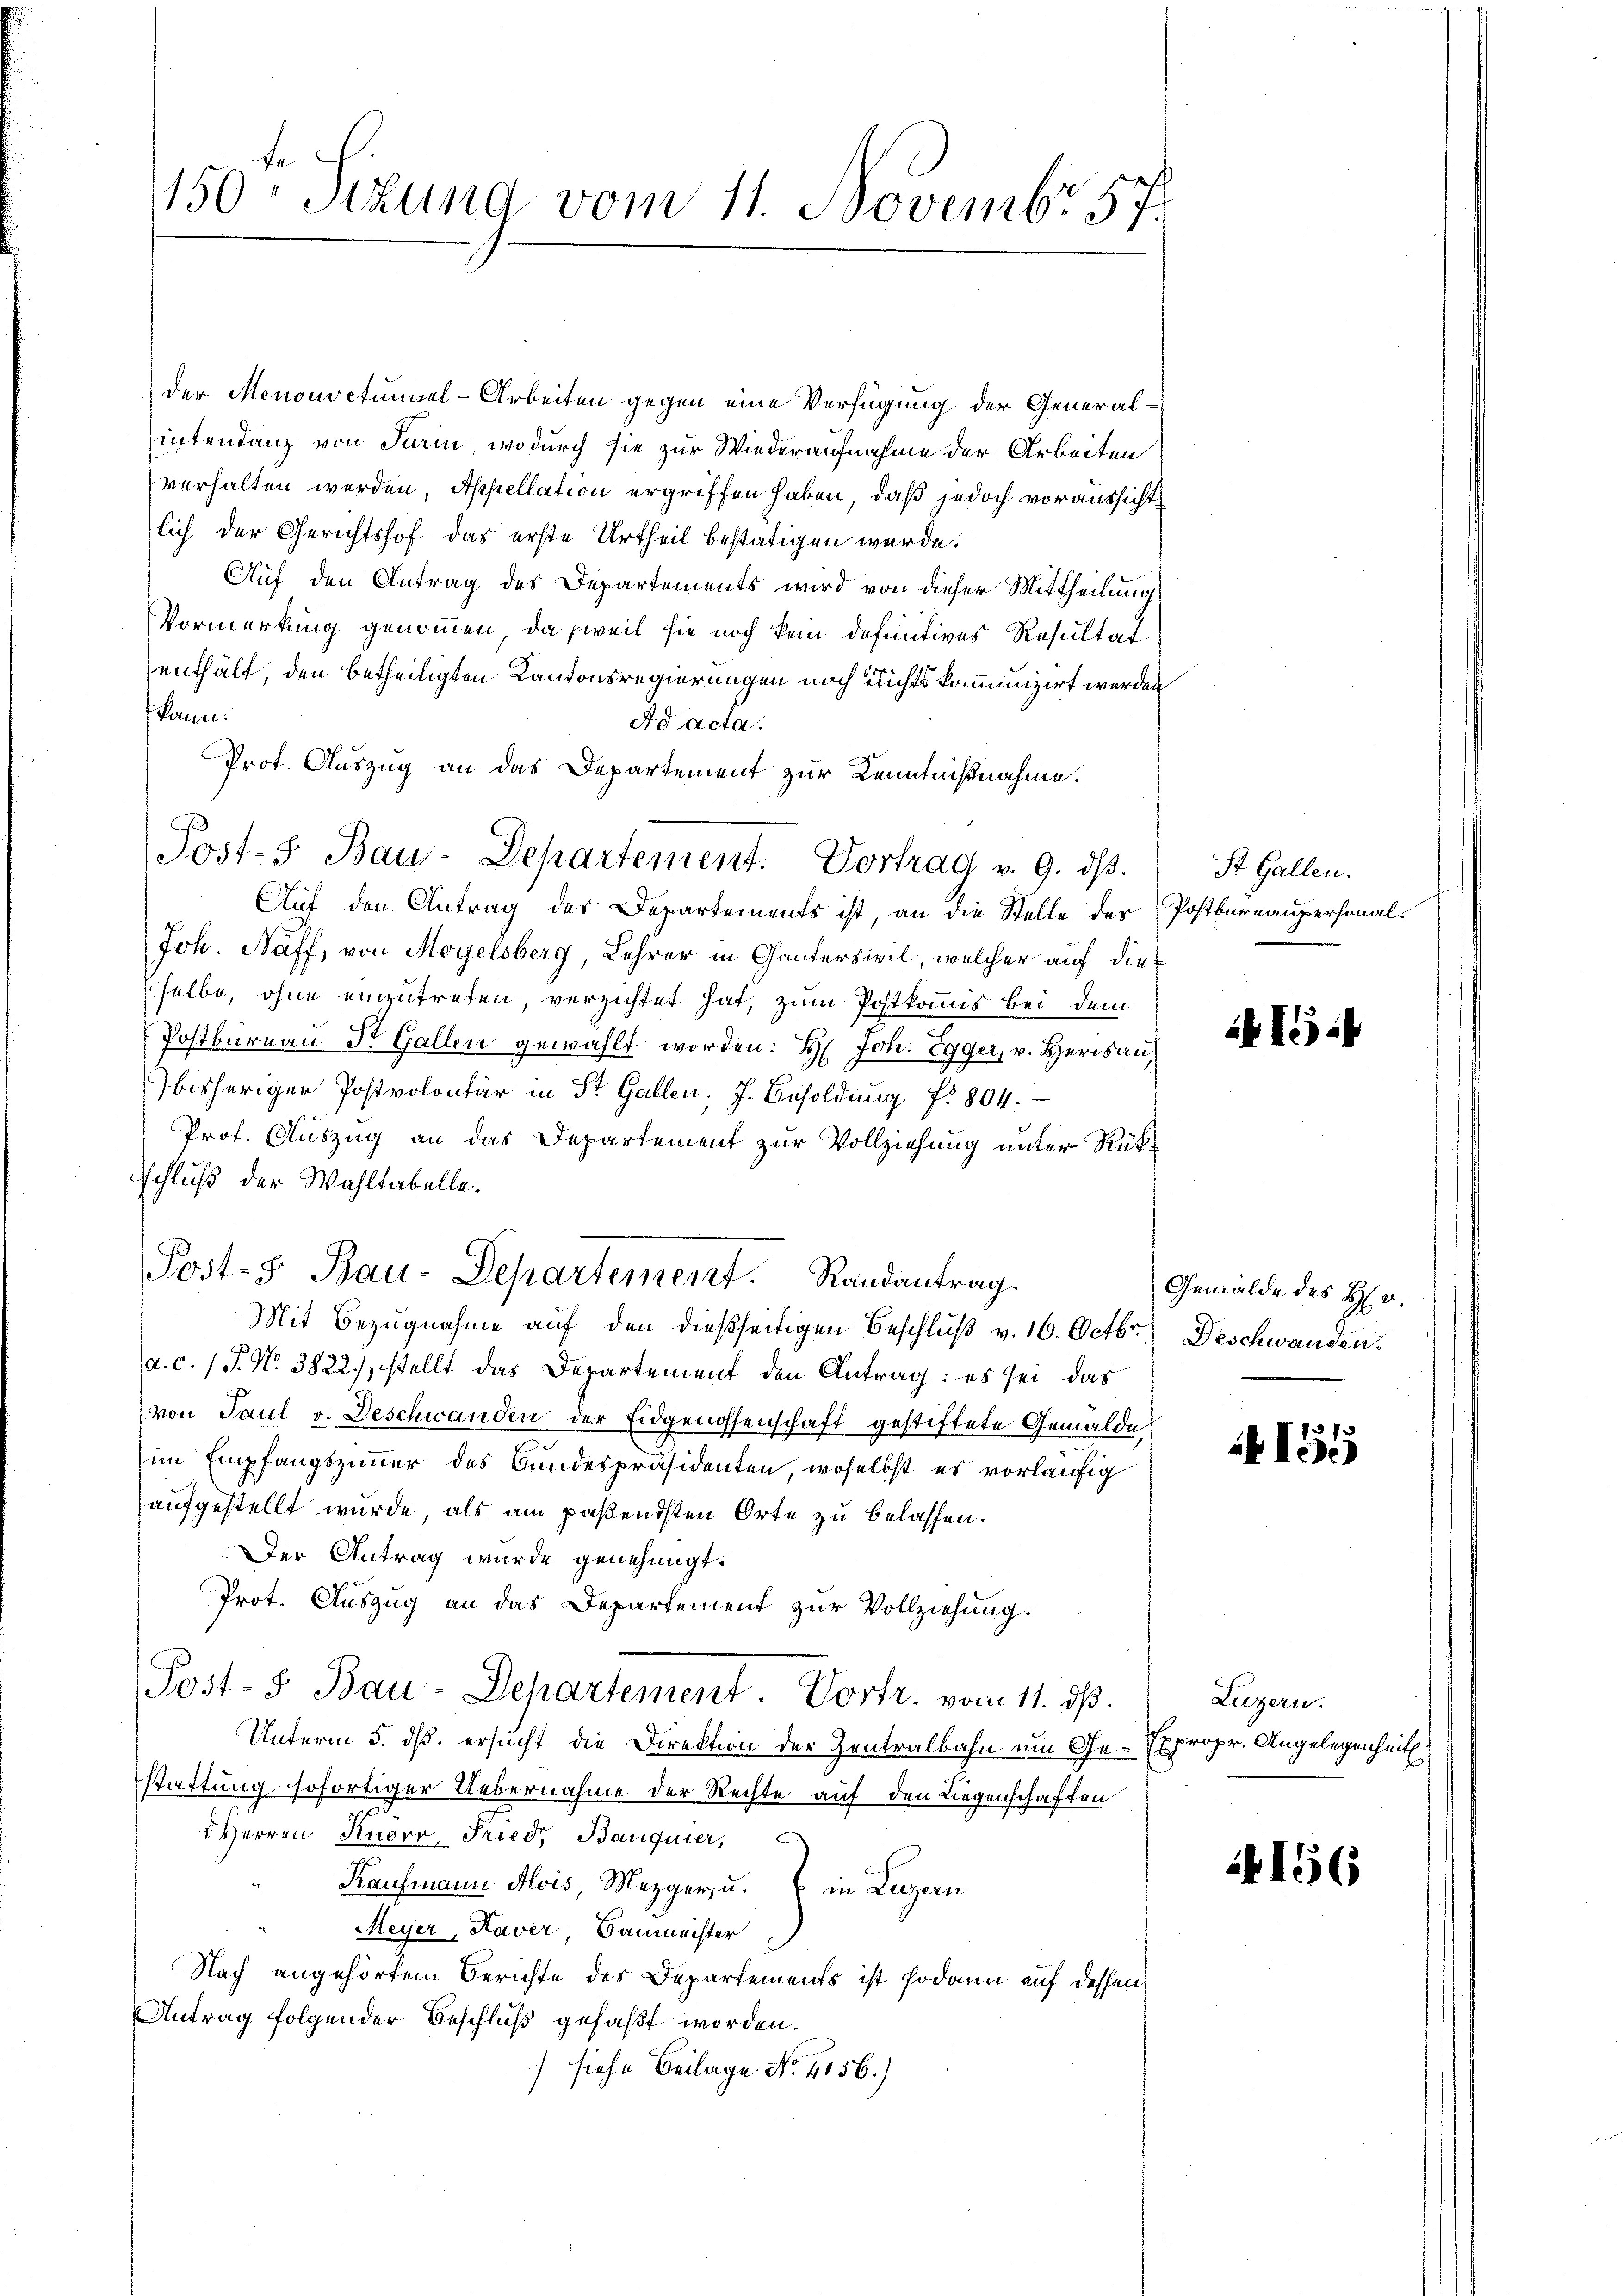
1150 Sizung vom 11. Novembr 57.

der Menouvetümmel-Arbeiten gegen eine Verfügung der Generalintendanz von Parin, wodurch sie zur Wiederaufnahme der Arbeiten
verhalten werden, Appellation ergriffen haben, daß jedoch voraussichtlich der Gerichtshof das erste Urtheil bestätigen werde.
Auf den Antrag des Departements wird von dieser Mittheilung
Vormerkung genommen, da weil sie noch kein definitives Resultat
enthält, den betheiligten Kantonsregierungen noch nichts komunizirt werden
kann.
Ad acta
Prot. Auszug an das Departement zur Kenntnißnahme.
Auf den Antrag des Departements ist, an die Stelle der Postbureaupersonal¬
Joh. Naff, von Mogelsberg, Lehrer in Ganterswil, welcher auf dieselbe, ohne einzutreten, verzichtet hat, zum Postkommis bei dem
Postbureau Dr. Gallen gewählt worden: H: Joh. Egger, v. Herisau,
bisheriger Postvolontär in St. Gallen. J. Besoldŭng f. 804.
Prof. Auszug an das Departement zur Vollziehung unter Rük¬
Schluß der Wahltabelle.
Mit Bezugnahme auf den dießseitigen Beschluß v. 16. Octbr. Deschwanden.
a. c. 1 P. Nr. 3822), stellt das Departement den Antrag: es sei, das
von Paul v. Deschwanden der Eidgenossenschaft gestiftete Gemälde
im Empfangszimmer des Bundespräsidenten, woselbst es vorläufig
aufgestellt wurde, als am paßendsten Orte zu belassen.
Der Antrag wurde genehmigt.
Prot. Auszug an das Departement zur Vollziehung.
Post- & Bau-Departement Vortr. vom 11. ds.
Unterm 5. dß. ersucht die Direktion der Zentralbahn um Ge-Expropr. Angelegenheit.
stattung sofortiger Uebernahme der Rechte auf den Liegenschaften
HHerren Knoro, Fried, Banquier,
Kaufmann Alois, Mezger, u. in Luzern
Meyer, Haver, Baumeister
Nach angehörtem Berichte des Departements ist sodann auf dessen
Antrag folgender Beschluß gefaßt worden.
 siehe Beilage No. 4156.)

Post-3 Bau-Departement. Vortrag v. 9. dβ.

Post- Bau-Departement. Randantrag.

St. Gallen.

if. 1 i

Gemälde des H. v.

155

Liegern.

156